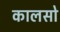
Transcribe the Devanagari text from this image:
कालसो